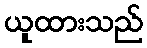
ယူထားသည်